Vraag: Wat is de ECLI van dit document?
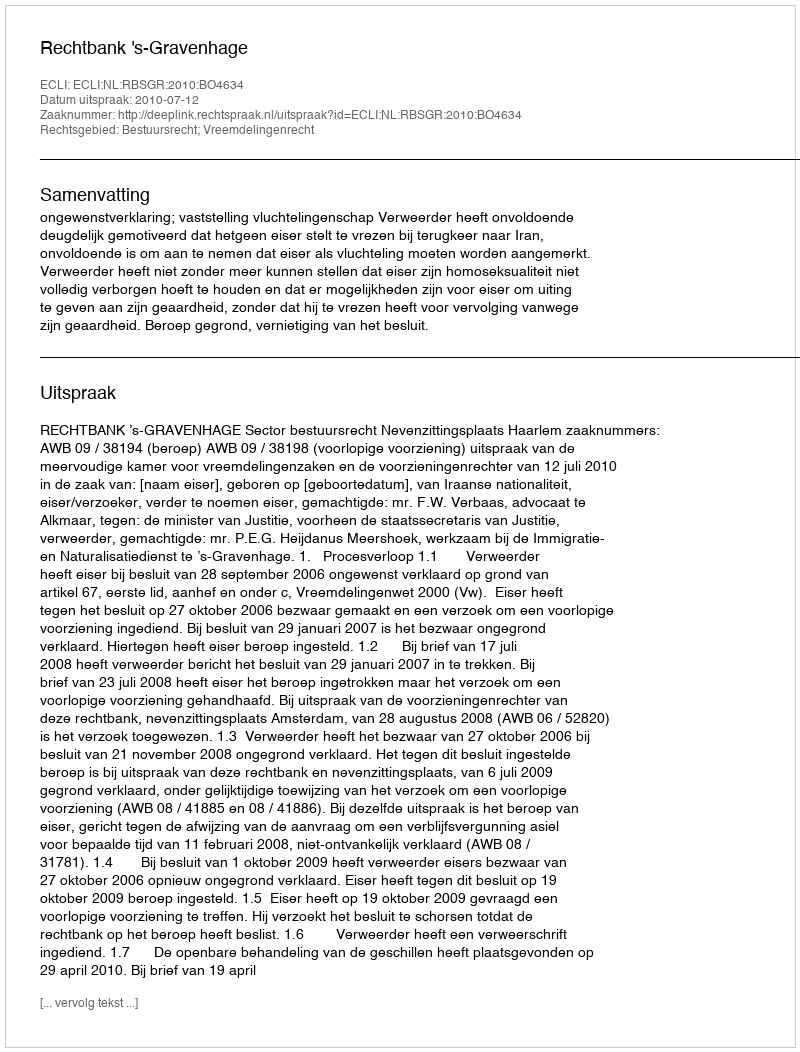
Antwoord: ECLI:NL:RBSGR:2010:BO4634